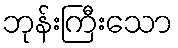
ဘုန်းကြီးသော